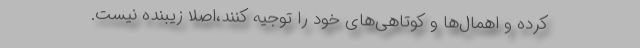
کرده و اهمال‌ها و کوتاهی‌های خود را توجیه کنند،‌اصلا زیبنده نیست.